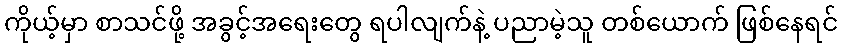
ကိုယ့်မှာ စာသင်ဖို့ အခွင့်အရေးတွေ ရပါလျက်နဲ့ ပညာမဲ့သူ တစ်ယောက် ဖြစ်နေရင်